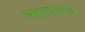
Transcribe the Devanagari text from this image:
महाचेतना